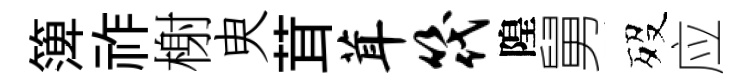
𥱼祚榭㬰茸茸筏隍舅歿应